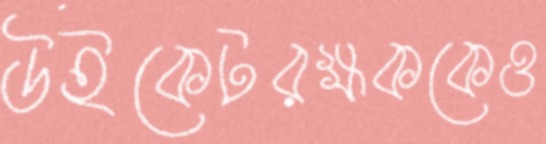
উইকেটরক্ষককেও